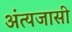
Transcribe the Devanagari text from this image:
अंत्यजासी